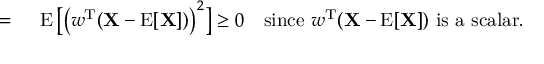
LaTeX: \begin{array} { r l } { = { } } & { { } \operatorname { E } { \big [ } { \big ( } w ^ { \mathrm { { T } } } ( \mathbf { X } - \operatorname { E } [ \mathbf { X } ] ) { \big ) } ^ { 2 } { \big ] } \geq 0 \quad { \mathrm { s i n c e ~ } } w ^ { \mathrm { { T } } } ( \mathbf { X } - \operatorname { E } [ \mathbf { X } ] ) { \mathrm { ~ i s ~ a ~ s c a l a r } } . } \end{array}